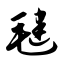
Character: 毽